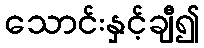
သောင်းနှင့်ချီ၍